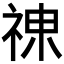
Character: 𱵐